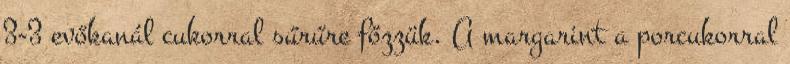
3-3 evőkanál cukorral sűrűre főzzük. A margarint a porcukorral